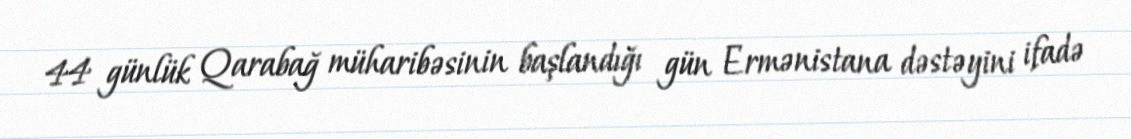
44 günlük Qarabağ müharibəsinin başlandığı gün Ermənistana dəstəyini ifadə